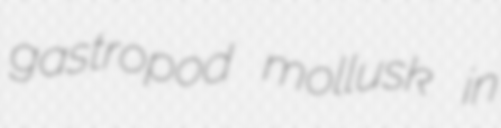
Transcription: gastropod mollusk in